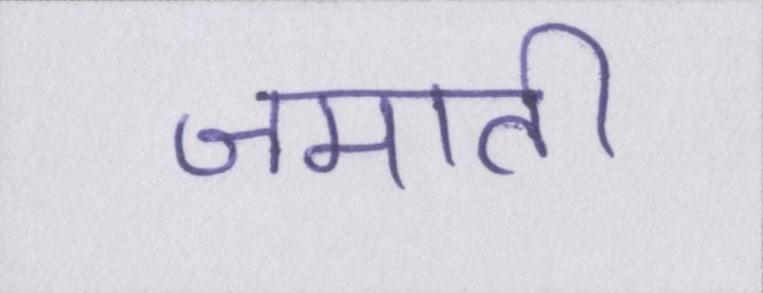
जमाती